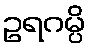
ဥရဂမ္ပိ